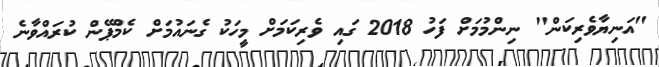
"އަނިޔާވެރިކަން" ނިންމުމަށް ފަހު 2018 ގައި ވެރިކަމަށް މީހަކު ގެނައުމަށް ކެމްޕޭން ކުރައްވާނެ